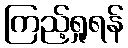
ကြည့်ရှုရန်